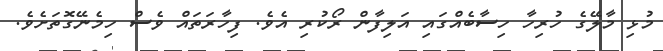
މުޅި މާލޭގެ ހުރިހާ ހިސާބެއްގައި އަލިފާން ރޯކުރި އެވެ. ފިހާރަތައް ވެސް ހިމެނޭގޮތަށެވެ.